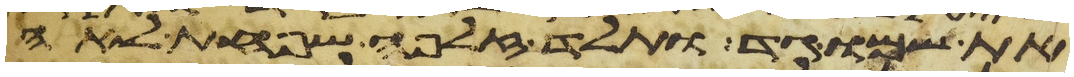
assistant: את שמו גד ותלד זלפה שפחת לאה